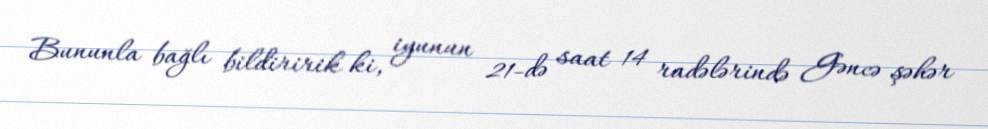
Bununla bağlı bildiririk ki, iyunun 21-də saat 14 radələrində Gəncə şəhər